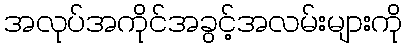
အလုပ်အကိုင်အခွင့်အလမ်းများကို